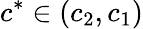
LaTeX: c^{*}\in(c_{2},c_{1})